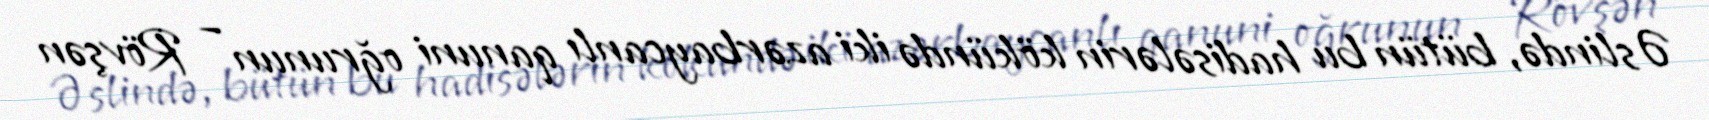
Əslində, bütün bu hadisələrin kökündə iki azərbaycanlı qanuni oğrunun – Rövşən